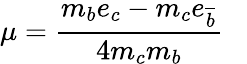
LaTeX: \mu=\frac{m_{b}e_{c}-m_{c}e_{\overline{{{b}}}}}{4m_{c}m_{b}}\; \; \;